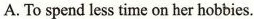
A.To spend less time on her hobbies.